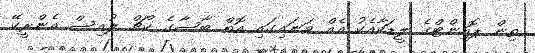
ތިން ޕޮއިންޓްގެ ލީޑަކާއެކު އެއް ވަނައިގައި އޮތް ބާސާގެ ކޯޗް ލުއިސް އެންރީކޭ